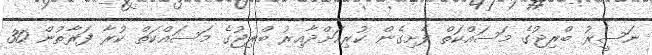
ނަސީރު ބްރިޖުގެ މަސައްކަތް ފެށިގެން ކުރިއަށްދާއިރު ބްރިޖުގެ މަސައްކަތް ކުރާ ފަރާތުން 30